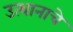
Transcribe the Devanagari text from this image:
उत्थानाचे